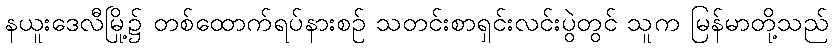
နယူးဒေလီမြို့၌ တစ်ထောက်ရပ်နားစဉ် သတင်းစာရှင်းလင်းပွဲတွင် သူက မြန်မာတို့သည်